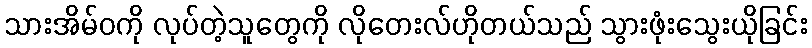
သားအိမ်ဝကို လုပ်တဲ့သူတွေကို လိုတေးလ်ဟိုတယ်သည် သွားဖုံးသွေးယိုခြင်း